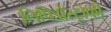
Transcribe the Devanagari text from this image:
लिपिडोस्ट्रोफी